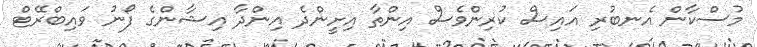
މުސްކާން އެނބުރި އައިސް ކުރިންވެސް އިންތާ އިށީންދެ އިންދާ އިޝާންގެ ފޯނު ވައިބްރޭޓް